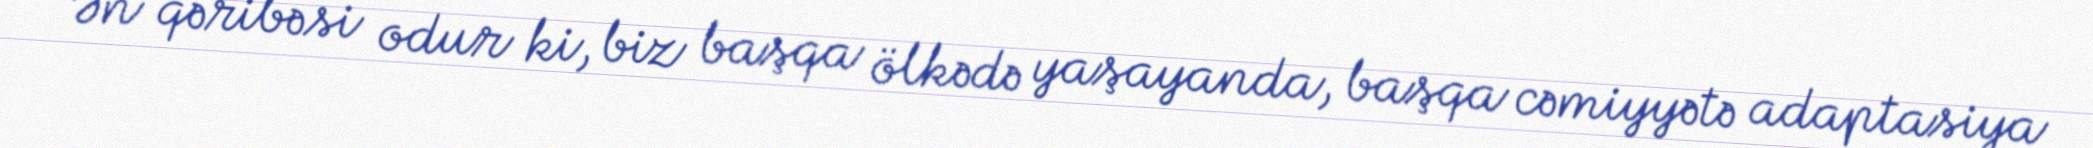
Ən qəribəsi odur ki, biz başqa ölkədə yaşayanda, başqa cəmiyyətə adaptasiya